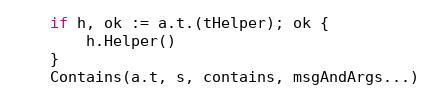
Language: Go
	if h, ok := a.t.(tHelper); ok {
		h.Helper()
	}
	Contains(a.t, s, contains, msgAndArgs...)